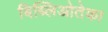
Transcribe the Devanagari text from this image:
बिब्लिओतेका